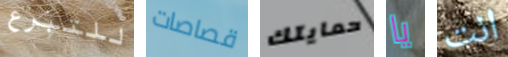
للتبرع قصاصات حمايتك يا انت